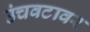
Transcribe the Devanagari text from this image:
उंचवटावर